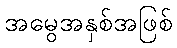
အမွေအနှစ်အဖြစ်